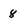
Character: 8